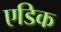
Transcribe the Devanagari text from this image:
एडिक